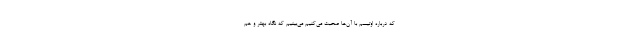
که درباره اوتیسم با آن‌ها صحبت می‌کنیم می‌بینیم که نگاه بهتر و هم